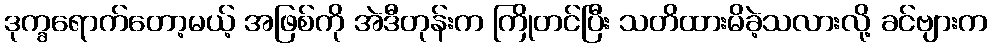
ဒုက္ခရောက်တော့မယ့် အဖြစ်ကို အဲဒီတုန်းက ကြိုတင်ပြီး သတိထားမိခဲ့သလားလို့ ခင်ဗျားက